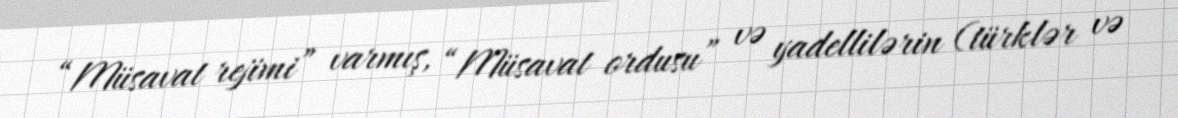
“Müsavat rejimi” varmış, “Müsavat ordusu” və yadellilərin (türklər və